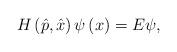
LaTeX: \begin{align*}H\left( \hat{p},\hat{x}\right) \psi \left( x\right) =E\psi,\end{align*}